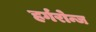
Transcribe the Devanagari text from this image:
हर्गरोन्ज